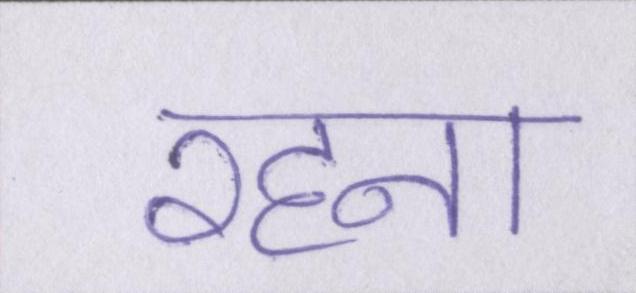
रहना